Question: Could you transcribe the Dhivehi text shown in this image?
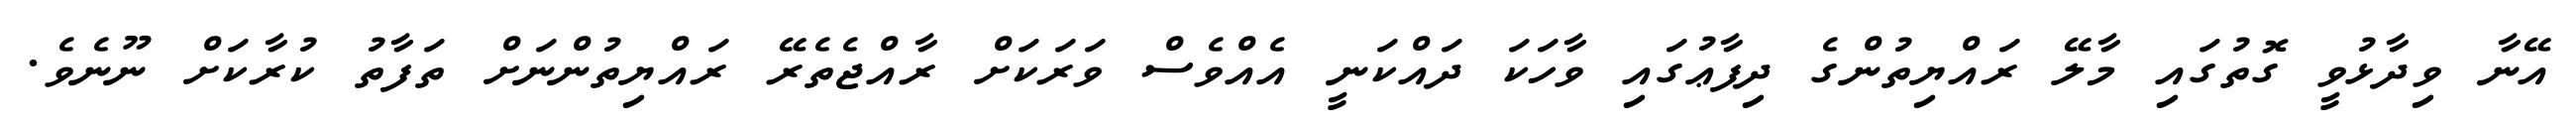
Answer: އޭނާ ވިދާޅުވީ ގޮތުގައި މާލޭ ރައްޔިތުންގެ ދިފާޢުގައި ވާހަކަ ދައްކަނީ އެއްވެސް ވަރަކަށް ރާއްޖެތެރޭ ރައްޔިތުންނަށް ތަފާތު ކުރާކަށް ނޫނެވެ.